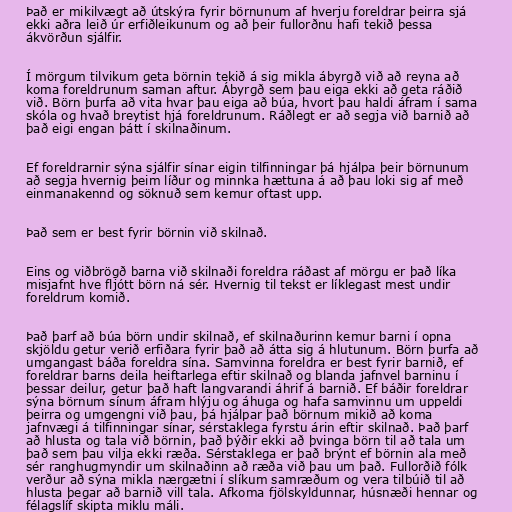
Það er mikilvægt að útskýra fyrir börnunum af hverju foreldrar þeirra sjá
ekki aðra leið úr erfiðleikunum og að þeir fullorðnu hafi tekið þessa
ákvörðun sjálfir.

Í mörgum tilvikum geta börnin tekið á sig mikla ábyrgð við að reyna að
koma foreldrunum saman aftur. Ábyrgð sem þau eiga ekki að geta ráðið
við. Börn þurfa að vita hvar þau eiga að búa, hvort þau haldi áfram í sama
skóla og hvað breytist hjá foreldrunum. Ráðlegt er að segja við barnið að
það eigi engan þátt í skilnaðinum.

Ef foreldrarnir sýna sjálfir sínar eigin tilfinningar þá hjálpa þeir börnunum
að segja hvernig þeim líður og minnka hættuna á að þau loki sig af með
einmanakennd og söknuð sem kemur oftast upp.

Það sem er best fyrir börnin við skilnað.

Eins og viðbrögð barna við skilnaði foreldra ráðast af mörgu er það líka
misjafnt hve fljótt börn ná sér. Hvernig til tekst er líklegast mest undir
foreldrum komið.

Það þarf að búa börn undir skilnað, ef skilnaðurinn kemur barni í opna
skjöldu getur verið erfiðara fyrir það að átta sig á hlutunum. Börn þurfa að
umgangast báða foreldra sína. Samvinna foreldra er best fyrir barnið, ef
foreldrar barns deila heiftarlega eftir skilnað og blanda jafnvel barninu í
þessar deilur, getur það haft langvarandi áhrif á barnið. Ef báðir foreldrar
sýna börnum sínum áfram hlýju og áhuga og hafa samvinnu um uppeldi
þeirra og umgengni við þau, þá hjálpar það börnum mikið að koma
jafnvægi á tilfinningar sínar, sérstaklega fyrstu árin eftir skilnað. Það þarf
að hlusta og tala við börnin, það þýðir ekki að þvinga börn til að tala um
það sem þau vilja ekki ræða. Sérstaklega er það brýnt ef börnin ala með
sér ranghugmyndir um skilnaðinn að ræða við þau um það. Fullorðið fólk
verður að sýna mikla nærgætni í slíkum samræðum og vera tilbúið til að
hlusta þegar að barnið vill tala. Afkoma fjölskyldunnar, húsnæði hennar og
félagslíf skipta miklu máli.